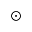
\odot